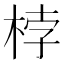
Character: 桲